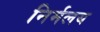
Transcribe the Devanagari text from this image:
निर्मलय